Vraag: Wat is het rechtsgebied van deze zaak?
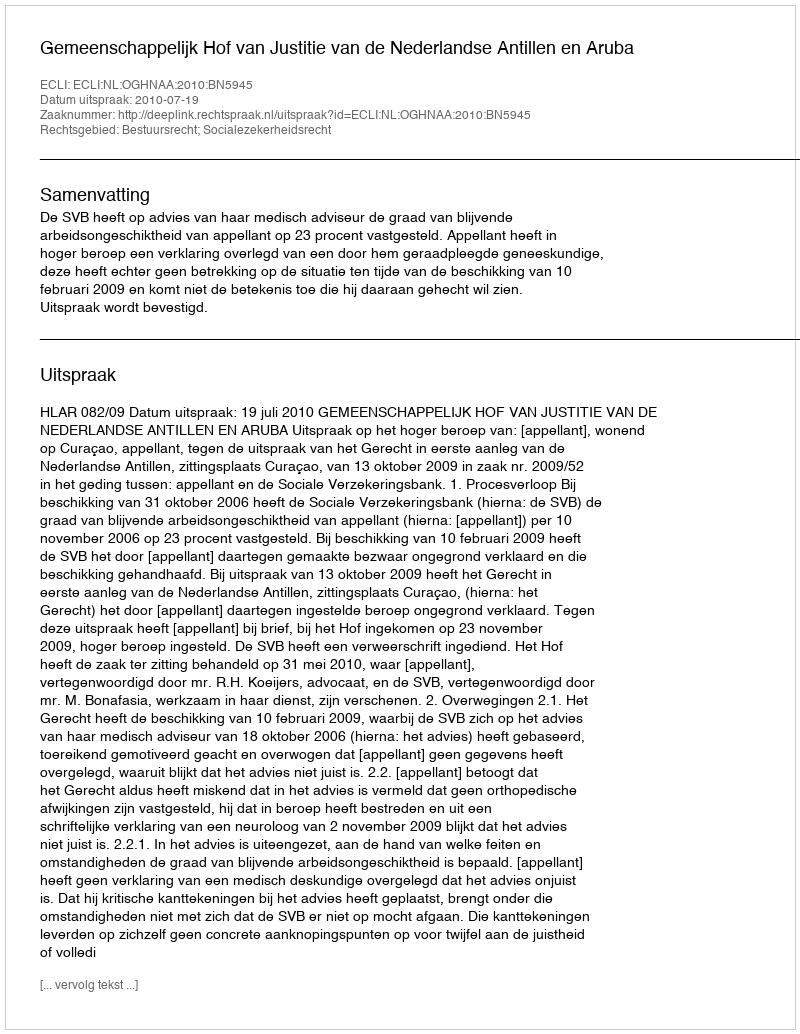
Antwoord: Bestuursrecht; Socialezekerheidsrecht